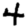
Digit: 4